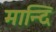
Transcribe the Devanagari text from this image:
मान्दि